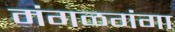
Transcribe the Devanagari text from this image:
मंगळगंगा